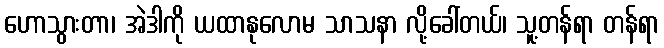
ဟောသွားတာ၊ အဲဒါကို ယထာနုလောမ သာသနာ လို့ခေါ်တယ်၊ သူ့တန်ရာ တန်ရာ